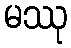
မဿု